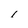
Character: i